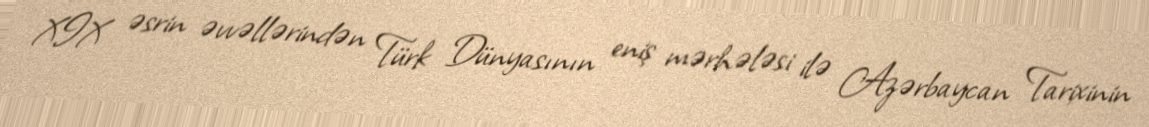
XIX əsrin əvvəllərindən Türk Dünyasının eniş mərhələsi ilə Azərbaycan Tarixinin